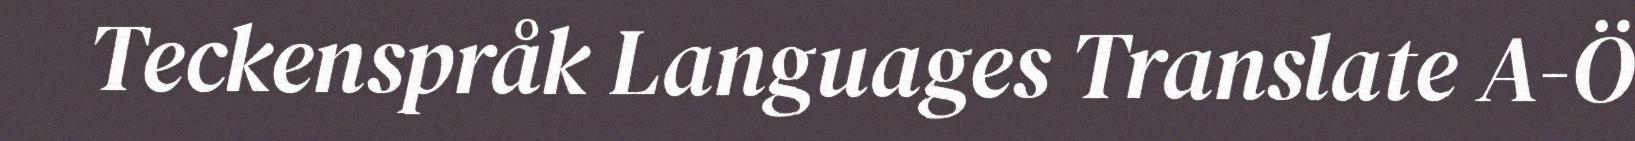
Teckenspråk Languages Translate A-Ö